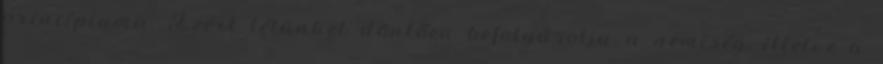
princípiuma. Ezért létünket döntően befolyásolja a nemiség, illetve a